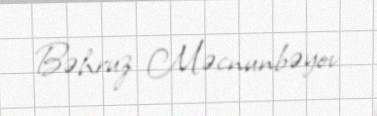
Bəhruz Məcnunbəyov